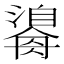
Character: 𤂃